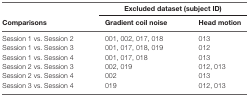
<table><thead><tr><td></td><td colspan="2"><b>Excluded dataset (subject ID)</b></td></tr><tr><td><b>Comparisons</b></td><td><b>Gradient coil noise</b></td><td><b>Head motion</b></td></tr></thead><tbody><tr><td>Session 1 vs. Session 2</td><td>001, 002, 017, 018</td><td>013</td></tr><tr><td>Session 1 vs. Session 3</td><td>001, 017, 018, 019</td><td>012</td></tr><tr><td>Session 1 vs. Session 4</td><td>001, 017, 018</td><td>013</td></tr><tr><td>Session 2 vs. Session 3</td><td>002, 019</td><td>012, 013</td></tr><tr><td>Session 2 vs. Session 4</td><td>002</td><td>013</td></tr><tr><td>Session 3 vs. Session 4</td><td>019</td><td>012, 013</td></tr></tbody></table>